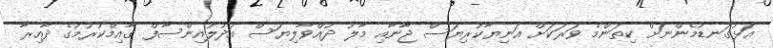
އަޅުގަނޑުމެންނަށް ކިތަންމެ ވަރަކަށް އަނިޔާކުރިޔަސް ޖާނާއި މާލު ދުއްވާލިޔަސް އަދުލުއިންސާފް ގާއިމްކުރުމުގެ ދާއިރާ